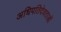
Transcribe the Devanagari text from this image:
अधिपतिदेवताओं